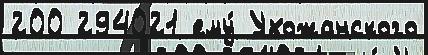
200 294021 ему́ Ухожанского